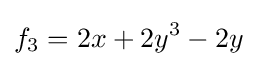
f_{3}=2x+2y^{3}-2y